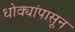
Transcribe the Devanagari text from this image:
धोक्यांपासून